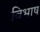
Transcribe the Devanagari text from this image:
विभाष